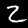
Digit: 2